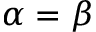
\alpha = \beta